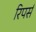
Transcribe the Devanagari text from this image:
रिपर्स